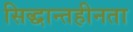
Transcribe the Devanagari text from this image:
सिद्धान्तहीनता